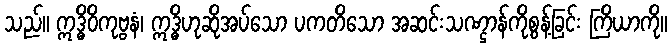
သည်။ ဣဒ္ဓိဝိကုဗ္ဗနံ၊ ဣဒ္ဓိဟုဆိုအပ်သော ပကတိသော အဆင်းသဏ္ဌာန်ကိုစွန့်ခြင်း ကြိယာကို။